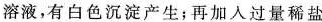
溶液，有白色沉淀产生；再加入过量稀盐